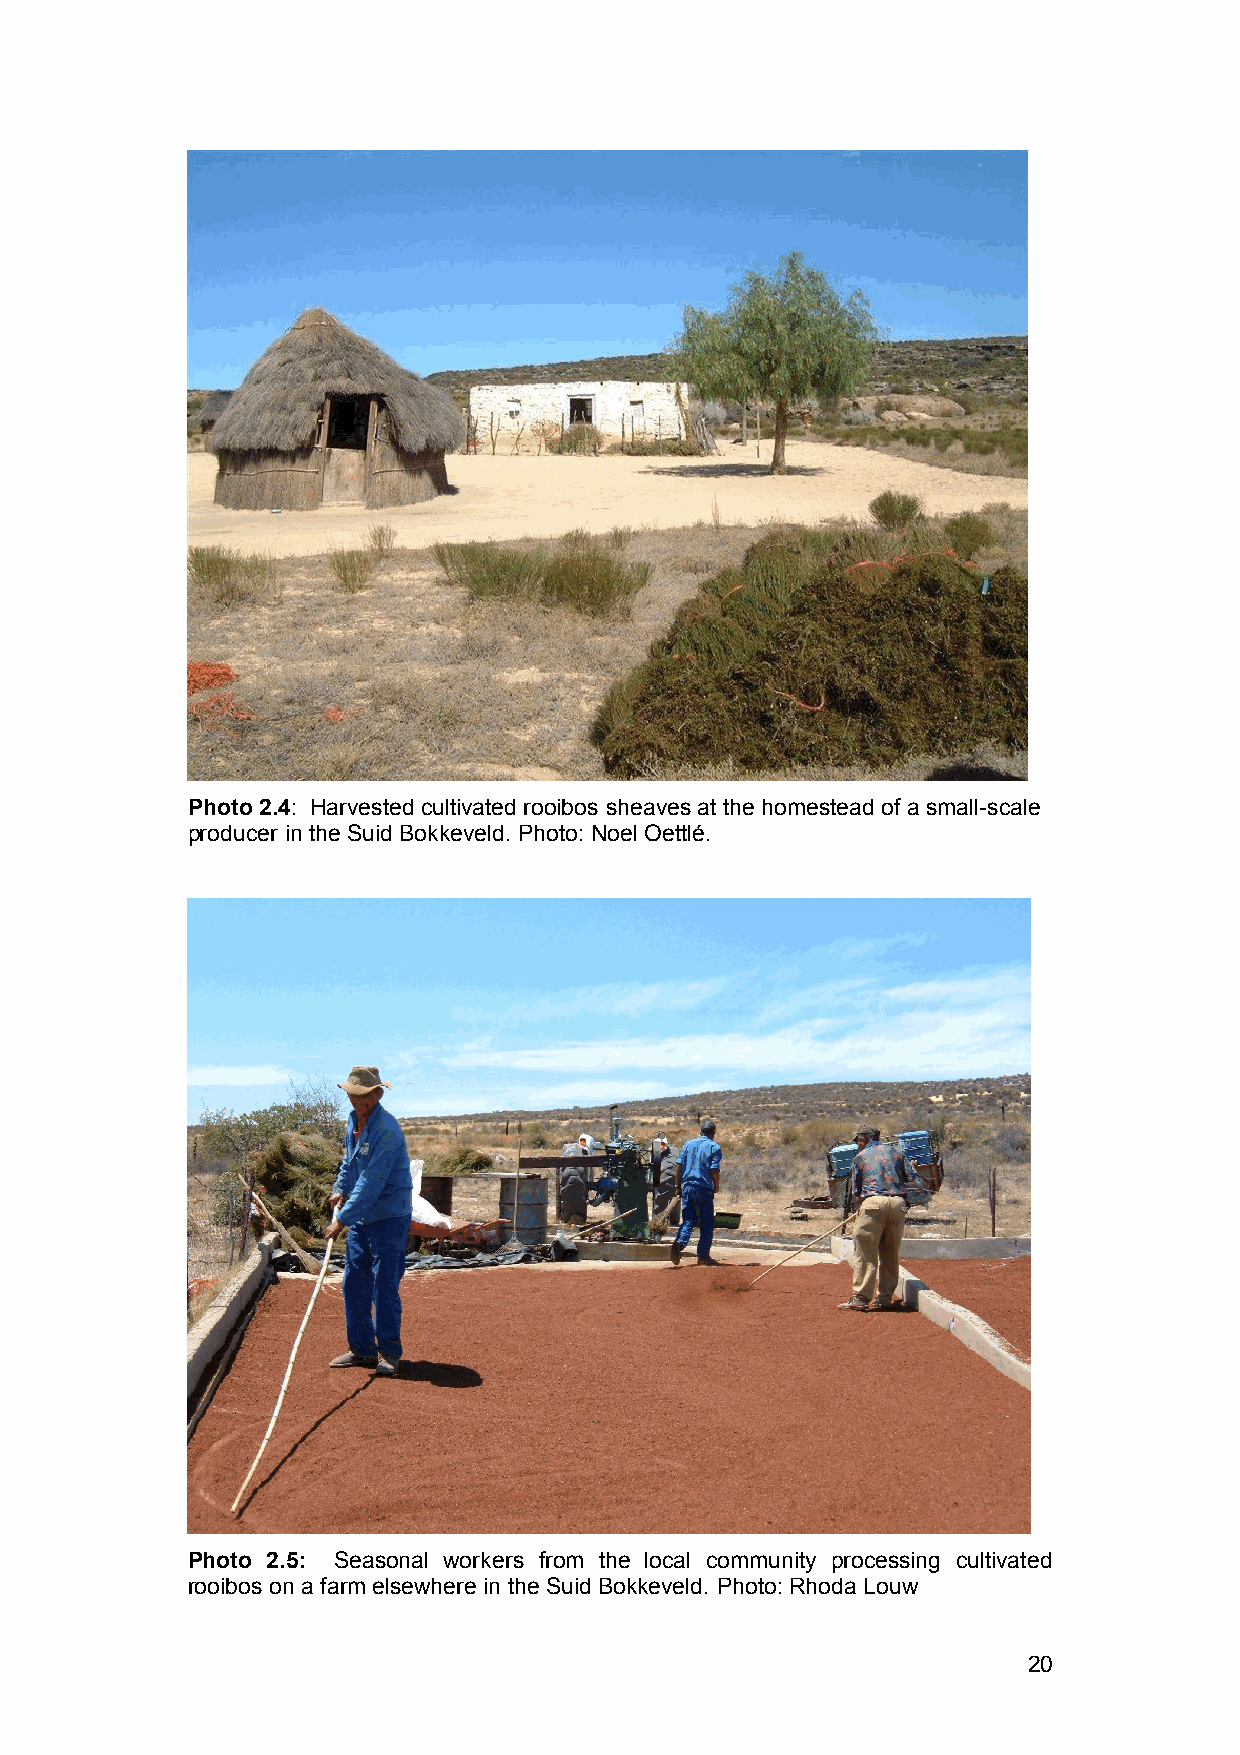
Photo 2.4: Harvested cultivated rooibos sheaves at the homestead of a small-scale
 producer in the Suid Bokkeveld. Photo: Noel Oettlé.
 Photo 2.5: Seasonal workers from the local community processing cultivated
 rooibos on a farm elsewhere in the Suid Bokkeveld. Photo: Rhoda Louw
 20